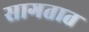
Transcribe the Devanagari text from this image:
सागतात